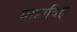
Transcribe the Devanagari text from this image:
मात्राचिह्न